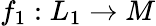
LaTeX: f_{1}:L_{1}\to M